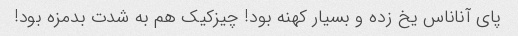
پای آناناس یخ زده و بسیار کهنه بود! چیزکیک هم به شدت بدمزه بود!